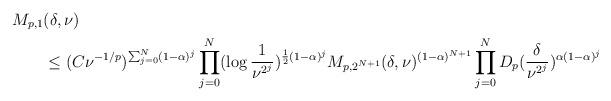
LaTeX: \begin{align*}M_{p, 1}&(\delta, \nu)\\&\leq (C\nu^{-1/p})^{\sum_{j = 0}^{N}(1 - \alpha)^j}\prod_{j = 0}^{N}(\log\frac{1}{\nu^{2^j}})^{\frac{1}{2}(1 - \alpha)^j}M_{p, 2^{N + 1}}(\delta, \nu)^{(1 - \alpha)^{N+1}}\prod_{j = 0}^{N}D_{p}(\frac{\delta}{\nu^{2^j}})^{\alpha(1 - \alpha)^j}\\\end{align*}